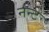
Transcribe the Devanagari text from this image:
नन्टे